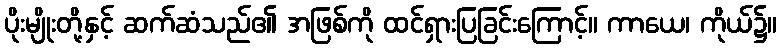
ပိုးမျိုးတို့နှင့် ဆက်ဆံသည်၏ အဖြစ်ကို ထင်ရှားပြခြင်းကြောင့်။ ကာယေ၊ ကိုယ်၌။